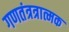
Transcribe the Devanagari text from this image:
गणतंत्रत्रात्मक